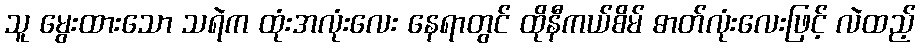
သူ မွေးထားသော သရဲက ထုံးအလုံးလေး နေရာတွင် ထိုနီကယ်စိမ် ဓာတ်လုံးလေးဖြင့် လဲထည့်